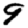
Digit: 9